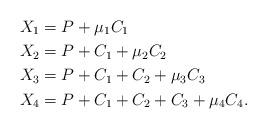
LaTeX: \begin{align*} X_1 &= P+ \mu_1 C_1 \\ X_2 &= P+ C_1+ \mu_2 C_2 \\ X_3 &= P+ C_1+C_2+ \mu_3 C_3 \\ X_4 &= P+ C_1+C_2+C_3+ \mu_4 C_4. \end{align*}